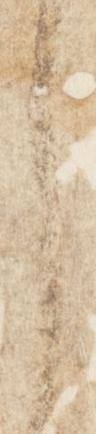
之